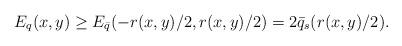
LaTeX: \begin{align*}E_{q}(x,y)\geq E_{\bar q}(-r(x,y)/2,r(x,y)/2)=2\bar q_s(r(x,y)/2).\end{align*}